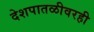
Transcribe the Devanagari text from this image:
देशपातळीवरही